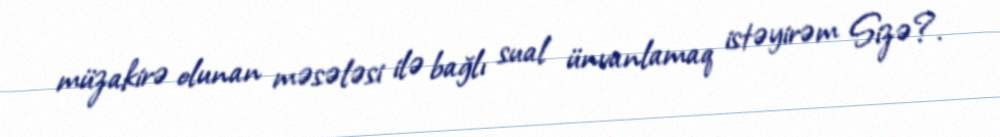
müzakirə olunan məsələsi ilə bağlı sual ünvanlamaq istəyirəm Sizə?.